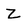
Character: z